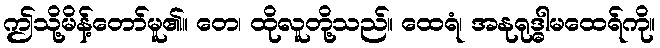
ဤသို့မိန့်တော်မူ၏။ တေ၊ ထိုလူတို့သည်။ ထေရံ၊ အနုရုဒ္ဓါမထေရ်ကို။